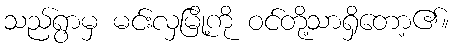
သည်ရွာမှ မင်းလှမြို့ကို ဝင်တို့သာရှိတော့၏။